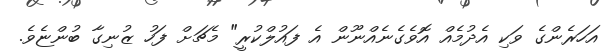
އަހަރެންގެ ވަކި އެދުމެއް އޮވެގެނެއްނޫން އެ ފައުލްކުރީ" މެޗަށް ފަހު ޒުނިގާ ބުންޏެވެ.